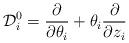
LaTeX: \begin{align*}{\cal D}^0_i = {\partial\over \partial \theta_i} +\theta_i {\partial\over \partial z_i}\end{align*}